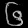
Digit: ၆